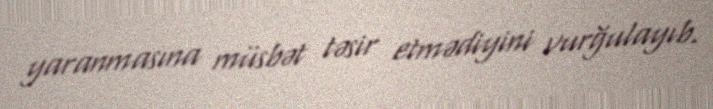
yaranmasına müsbət təsir etmədiyini vurğulayıb.